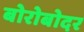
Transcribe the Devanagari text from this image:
बोरोबोदर